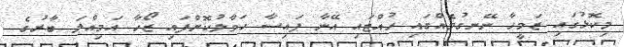
މިކޮޅުގައި ޒަމީހާ ނޭނގުމެއްގައި ހުއްޓައި އޭނާ ފައިސާ ހަވާލުކޮށްފައި ޒޯހާ އަމިއްލަ ބާރުގެ